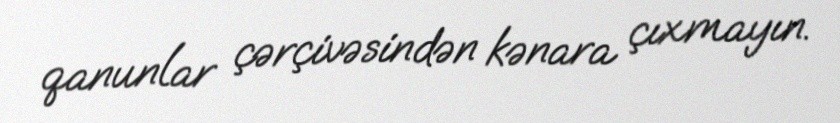
qanunlar çərçivəsindən kənara çıxmayın.